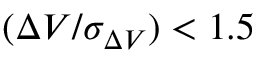
( \Delta V / \sigma _ { \Delta V } ) < 1 . 5